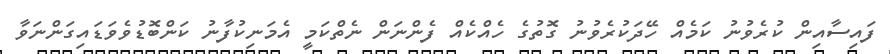
ފައިސާއިން ކުރެވުނު ކަމެއް ހޭދަކުރެވުނު ގޮތުގެ ހެއްކެއް ފެންނަން ނެތްކަމީ އެމަނިކުފާނު ކަންބޮޑުވެވަޑައިގަންނަވާ